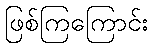
ဖြစ်ကြကြောင်း